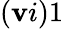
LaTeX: (\mathbf{v}i)1